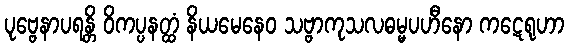
ပုဗ္ဗေနာပရန္တိ ဝိကပ္ပနတ္ထံ နိယမေနေဝ သဗ္ဗာကုသလဓမ္မပဟီနော ကဋေရုဟာ